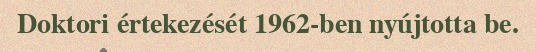
Doktori értekezését 1962-ben nyújtotta be.